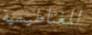
المغناطيسية